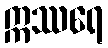
ဣဿရေ